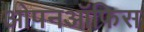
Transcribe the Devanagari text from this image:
ओपनऑफिस